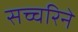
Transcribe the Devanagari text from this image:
सच्चरिने